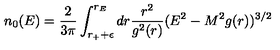
n _ { 0 } ( E ) = { \frac { 2 } { 3 \pi } } \int _ { r _ { + } + \epsilon } ^ { r _ { E } } d r { \frac { r ^ { 2 } } { g ^ { 2 } ( r ) } } ( E ^ { 2 } - M ^ { 2 } g ( r ) ) ^ { 3 / 2 }